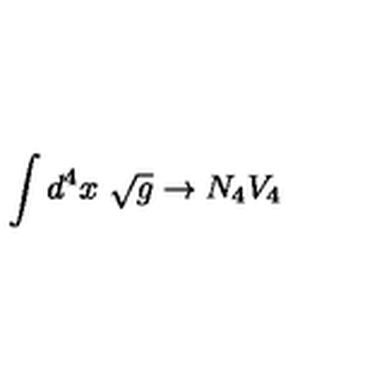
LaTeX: \int d ^ { 4 } x \ \sqrt { g } \rightarrow N _ { 4 } V _ { 4 }